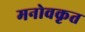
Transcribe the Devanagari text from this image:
मनोवकृत